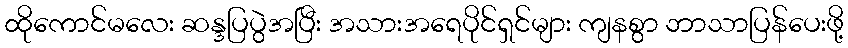
ထိုကောင်မလေး ဆန္ဒပြပွဲအပြီး အသားအရေပိုင်ရှင်များ ကျနစွာ ဘာသာပြန်ပေးဖို့